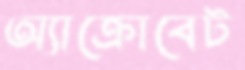
অ্যাক্রোবেট